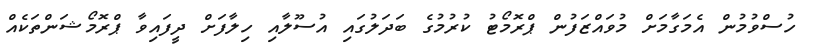
ހުސްވުމުން އެމަގާމަށް މުވައްޒަފުން ޕްރޮމޯޓު ކުރުމުގެ ބަދަލުގައި އުސޫލާއި ހިލާފަށް ދީފައިވާ ޕްރޮމޯޝަންތަކެއް